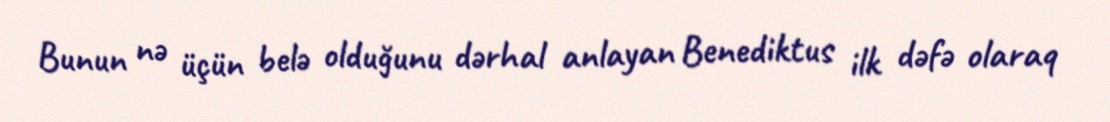
Bunun nə üçün belə olduğunu dərhal anlayan Benediktus ilk dəfə olaraq